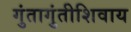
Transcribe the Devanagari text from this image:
गुंतागुंतीशिवाय